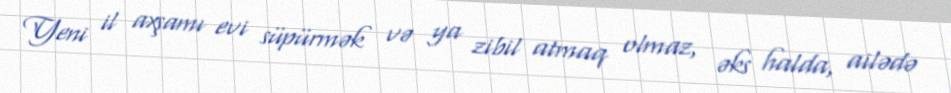
Yeni il axşamı evi süpürmək və ya zibil atmaq olmaz, əks halda, ailədə